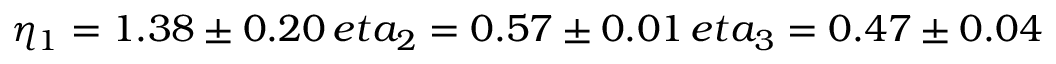
\eta _ { 1 } = 1 . 3 8 \pm 0 . 2 0 \, e t a _ { 2 } = 0 . 5 7 \pm 0 . 0 1 \, e t a _ { 3 } = 0 . 4 7 \pm 0 . 0 4